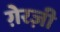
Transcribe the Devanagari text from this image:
ग़ेरज़ी